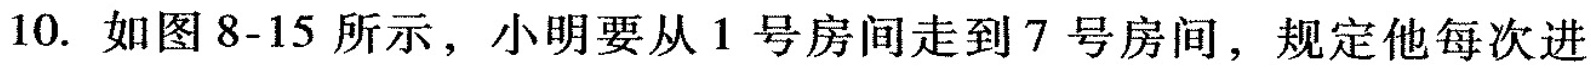
10.如图8-15所示，小明要从1号房间走到7号房间，规定他每次进